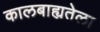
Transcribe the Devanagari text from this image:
कालबाह्यतेला